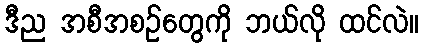
ဒီည အစီအစဉ်တွေကို ဘယ်လို ထင်လဲ။